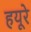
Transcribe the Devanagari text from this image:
हयूरे